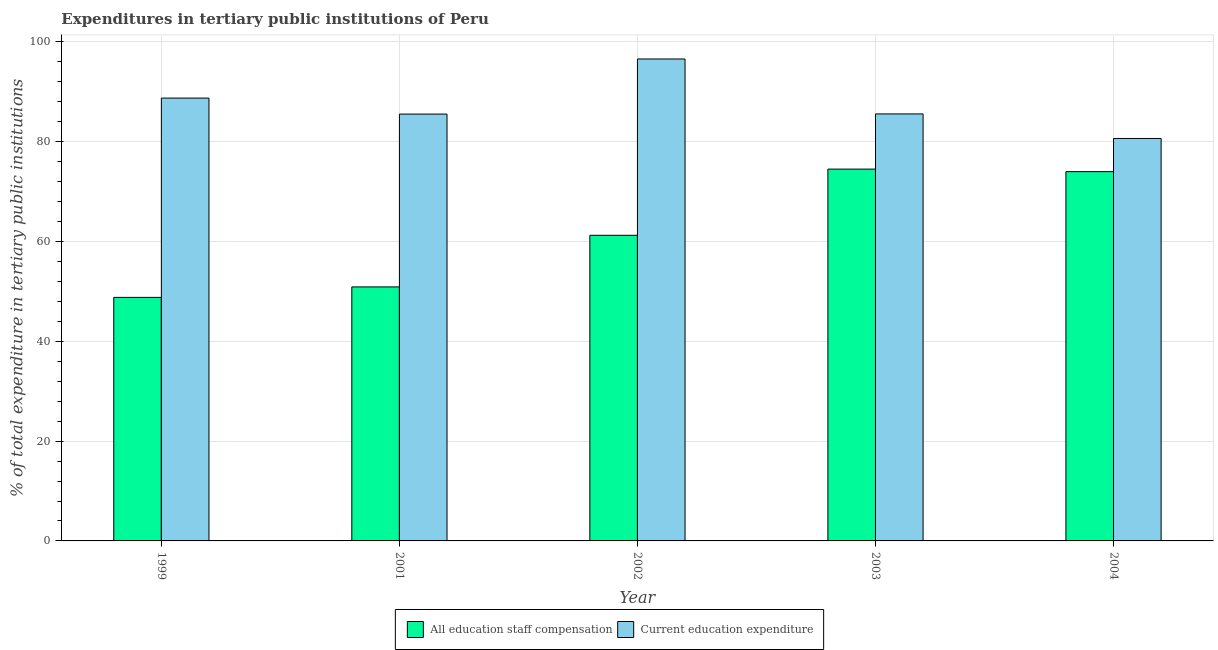
| Year | All education staff compensation | Current education expenditure |
 | --- | --- | --- |
 | 1999 | 48.8 | 88.8 |
 | 2001 | 50.9 | 85.5 |
 | 2002 | 61.3 | 96.6 |
 | 2003 | 74.5 | 85.6 |
 | 2004 | 74 | 80.7 |